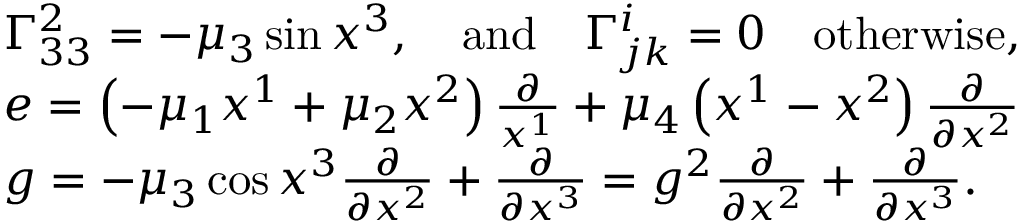
\begin{array} { r l } & { \Gamma _ { 3 3 } ^ { 2 } = - \mu _ { 3 } \sin x ^ { 3 } , \quad \mathrm { a n d } \quad \Gamma _ { j k } ^ { i } = 0 \quad \mathrm { o t h e r w i s e } , } \\ & { e = \left( - \mu _ { 1 } x ^ { 1 } + \mu _ { 2 } x ^ { 2 } \right) \frac { \partial } { x ^ { 1 } } + \mu _ { 4 } \left( x ^ { 1 } - x ^ { 2 } \right) \frac { \partial } { \partial x ^ { 2 } } } \\ & { g = - \mu _ { 3 } \cos x ^ { 3 } \frac { \partial } { \partial x ^ { 2 } } + \frac { \partial } { \partial x ^ { 3 } } = g ^ { 2 } \frac { \partial } { \partial x ^ { 2 } } + \frac { \partial } { \partial x ^ { 3 } } . } \end{array}